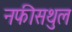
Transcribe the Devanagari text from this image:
नफीसथुल